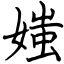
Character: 媸